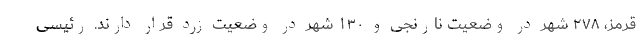
قرمز، ۲۷۸ شهر در وضعیت نارنجی و ۱۳۰ شهر در وضعیت زرد قرار دارند. رئیسی